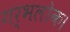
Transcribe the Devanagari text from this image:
गर्भलोक।